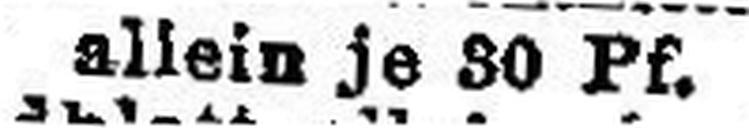
allein je SO Pf.